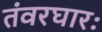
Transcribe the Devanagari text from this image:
तंवरघारः